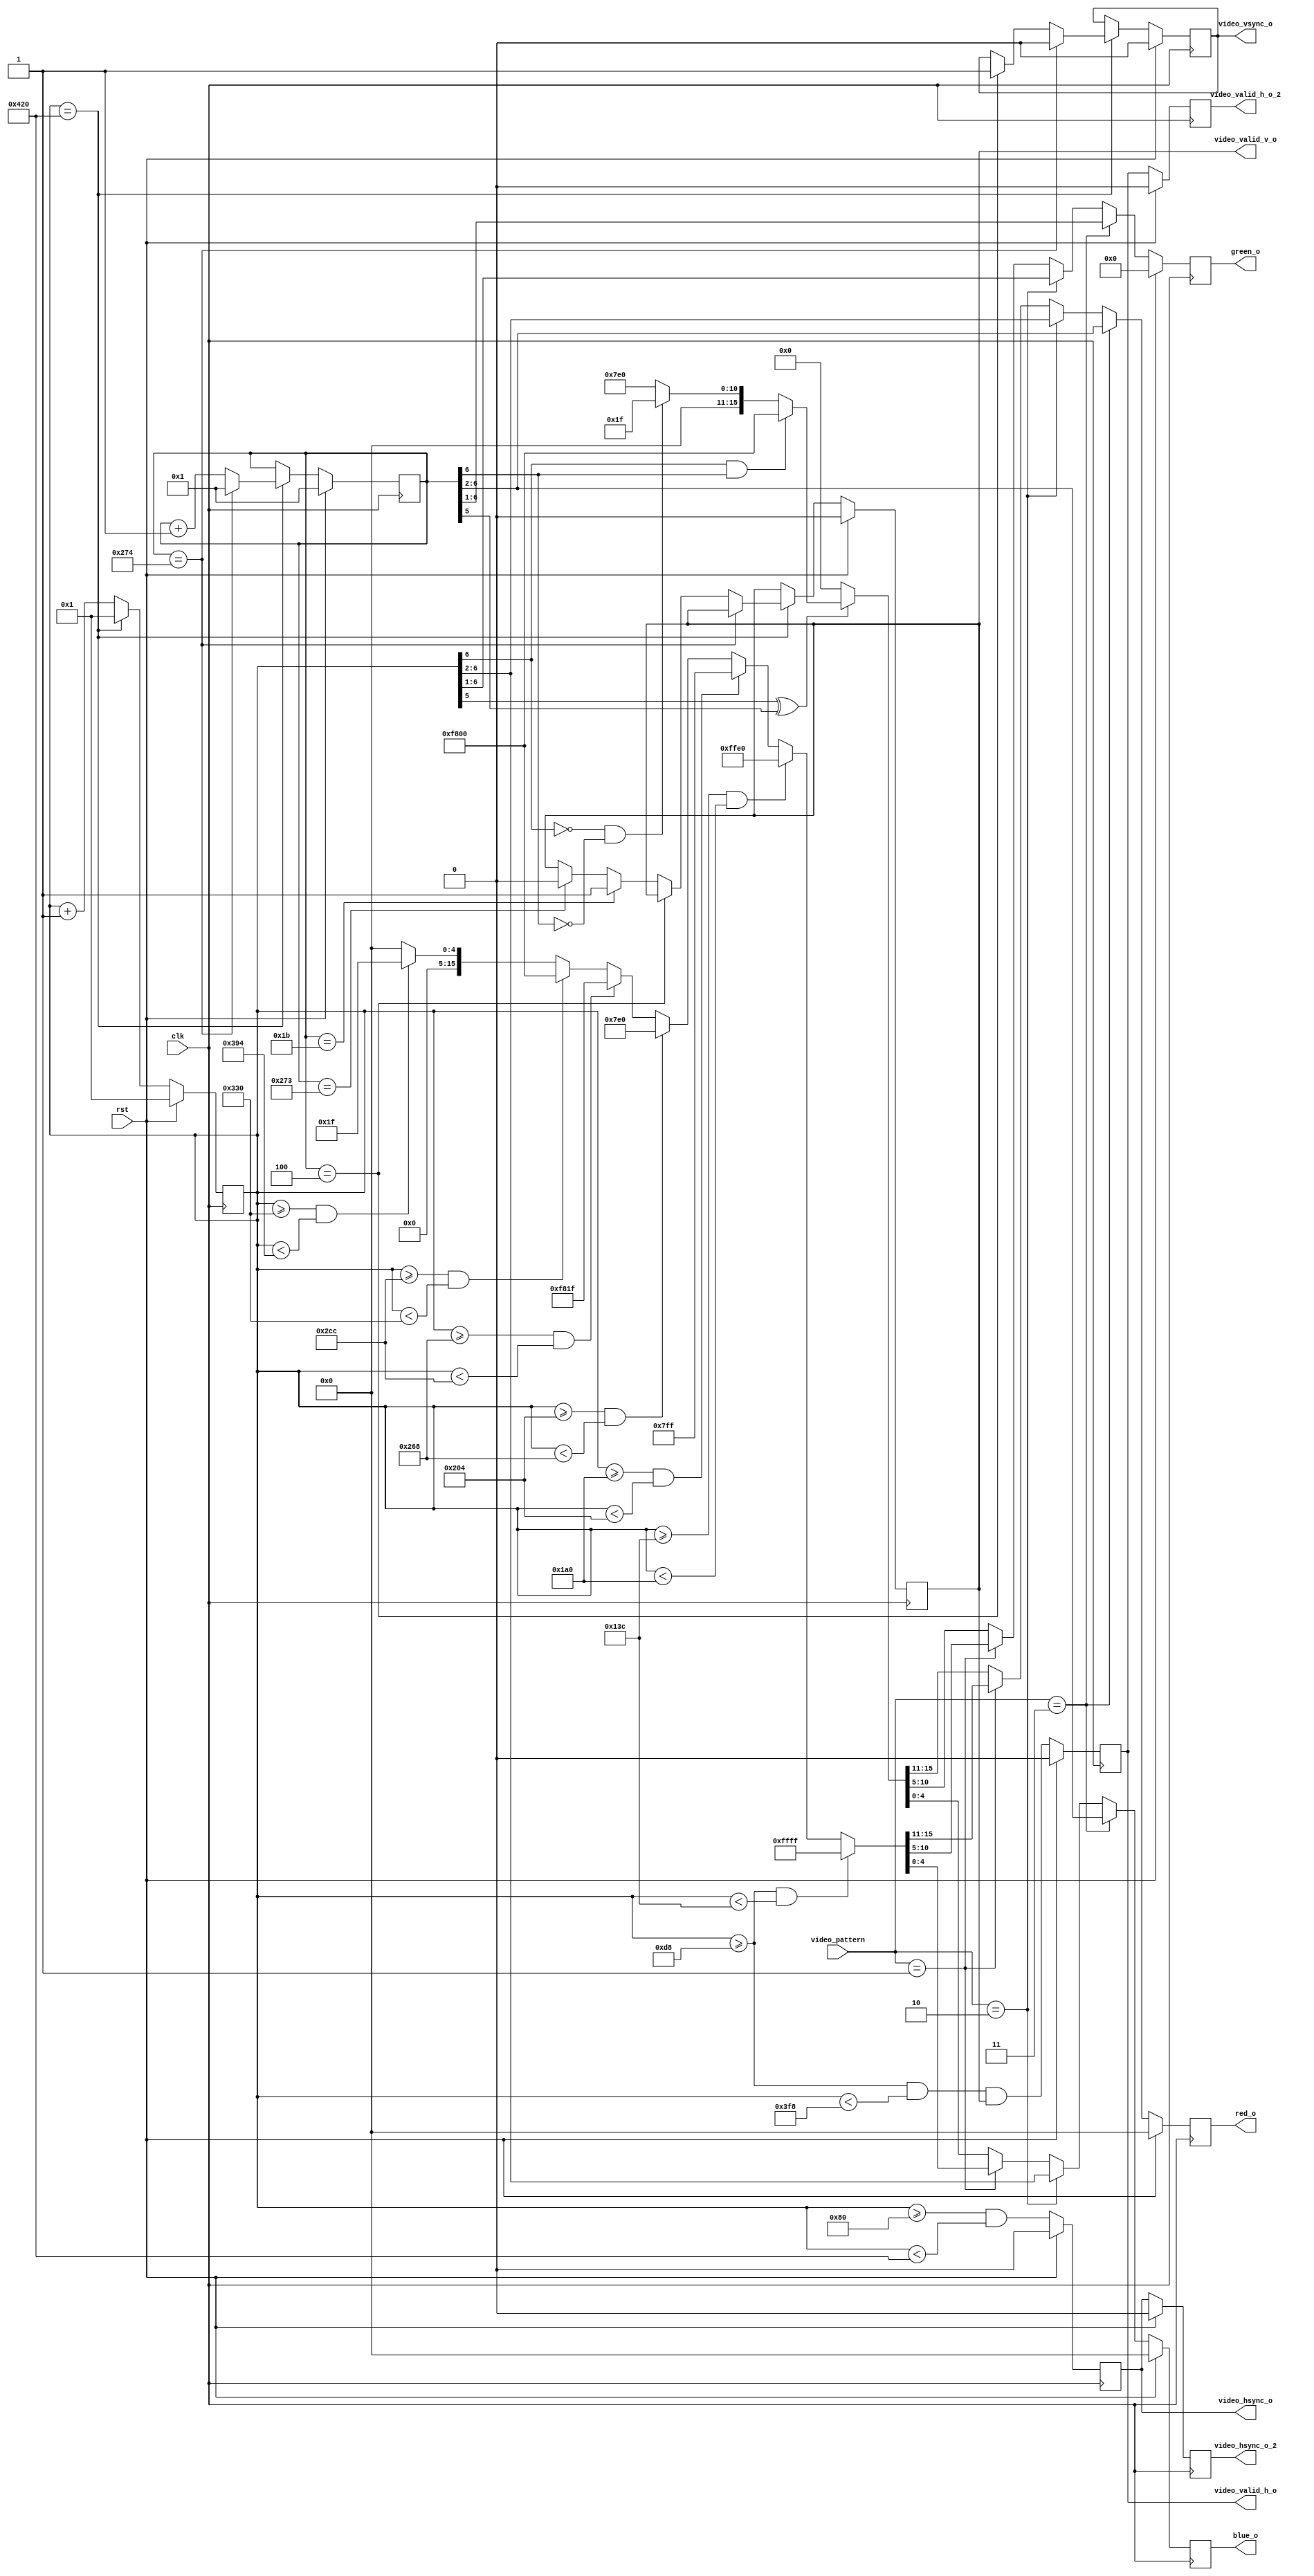
module video_gen (
 input        rst,
 input        clk,
 input [1:0]  video_pattern,
 output [4:0] red_o,
 output [5:0] green_o,
 output [4:0] blue_o,
 output       video_hsync_o,
 output       video_hsync_o_2,
 output       video_vsync_o,
 output       video_valid_h_o,
 output       video_valid_h_o_2,
 output       video_valid_v_o
);

parameter syncPulse_h= 128;            
parameter backPorch_h= 88;             
parameter activeVideo_h= 800;            
parameter frontPorch_h= 40;            
parameter syncPulse_v= 4;              
parameter backPorch_v = 23;             
parameter activeVideo_v = 600;            
parameter frontPorch_v = 1;

localparam total_h = syncPulse_h + backPorch_h + activeVideo_h + frontPorch_h;
localparam total_v = syncPulse_v + backPorch_v + activeVideo_v + frontPorch_v;
localparam activeStart_h = syncPulse_h + backPorch_h;
localparam activeEnd_h= activeVideo_h + activeStart_h;
localparam activeStart_v= syncPulse_v + backPorch_v;
localparam activeEnd_v= activeVideo_v + activeStart_v;

localparam bar2 = activeStart_h+activeVideo_h*1/8;
localparam bar3 = activeStart_h+activeVideo_h*2/8;
localparam bar4 = activeStart_h+activeVideo_h*3/8;
localparam bar5 = activeStart_h+activeVideo_h*4/8;
localparam bar6 = activeStart_h+activeVideo_h*5/8;
localparam bar7 = activeStart_h+activeVideo_h*6/8;
localparam bar8 = activeStart_h+activeVideo_h*7/8;

wire video_vsync, video_valid_v;
wire video_hsync, video_valid_h;
reg video_vsync_o, video_valid_v_o;
reg video_hsync_o, video_valid_h_o;
reg video_hsync_o_2, video_valid_h_o_2;
reg [10:0] h_count;
reg [9:0] v_count;
wire [15:0] bar_data;
wire [15:0] checker_color;
wire [15:0] checker_data;
   

always @ (posedge clk) begin
if (rst) begin 
	h_count <= 1'b1;
	v_count <= 1'b1;
	end
else if (h_count == total_h)
	if (v_count == total_v) begin
	h_count <= 1'b1;
	v_count <= 1'b1;
	end
	else begin
	h_count <= 1'b1;
	v_count <= v_count + 1'b1;
	end
else begin
	h_count <= h_count + 1'b1;
	end
end

assign video_hsync = (h_count>=syncPulse_h) && (h_count < total_h);
assign video_valid_h = (h_count >= activeStart_h) && (h_count < activeEnd_h) && video_valid_v_o;

    always @ (posedge clk)
	begin
	   if(rst) begin
	      video_vsync_o <= 1'b0;
	      video_valid_v_o <= 1'b0; end
	   else if(h_count == total_h) begin
              if(v_count == total_v)
                video_vsync_o <= 1'b0;
              else begin
                 if(v_count == syncPulse_v)
		   video_vsync_o <= 1'b1;
	         else if(v_count == activeStart_v)
		   video_valid_v_o <= 1'b1;
	         else if(v_count == activeEnd_v)
		   video_valid_v_o <= 1'b0;
	      end
           end // if (h_count == total_h)
        end // always @ (posedge clk)
   
/////sync the video format to clk ///////
always @(posedge clk) begin
   if(rst) begin
      video_hsync_o <= 1'b0;
      video_valid_h_o <= 1'b0;
      video_hsync_o_2 <= 1'b0;
      video_valid_h_o_2 <= 1'b0;
      red_o <= 5'b0;
      green_o <= 6'b0;
      blue_o <= 5'b0;
   end
   else begin
      video_hsync_o <= video_hsync;
      video_valid_h_o <= video_valid_h;
      video_hsync_o_2 <= video_hsync_o;
      video_valid_h_o_2 <= video_valid_h_o;
      red_o <= red;
      green_o <= green;
      blue_o <= blue;
end	
end // always @ (posedge clk)
   
  assign bar_data = ((h_count>=activeStart_h)&(h_count<bar2))?{5'b11111,6'b111111,5'b11111}:
					((h_count>=bar2)&(h_count<bar3))?{5'b11111,6'b111111,5'b00000}:
					((h_count>=bar3)&(h_count<bar4))?{5'b00000,6'b111111,5'b11111}:
					((h_count>=bar4)&(h_count<bar5))?{5'b00000,6'b111111,5'b00000}:
					((h_count>=bar5)&(h_count<bar6))?{5'b11111,6'b000000,5'b11111}:
					((h_count>=bar6)&(h_count<bar7))?{5'b11111,6'b000000,5'b00000}:
					((h_count>=bar7)&(h_count<bar8))?{5'b00000,6'b000000,5'b11111}:
					{5'b00000,6'b000000,5'b00000};  

   assign checker_color = (h_count[6]&v_count[6]) ? 16'hf800 : (!h_count[6]&!v_count[6]) ? 16'h001f : 16'h07e0;
   assign checker_data = (h_count[5]^v_count[5]) ? checker_color : 16'h0000;
   
//----------------------------------------------------------------
////////// DISPLAY
//----------------------------------------------------------------
   wire [4:0] red;
   wire [5:0] green;
   wire [4:0] blue;
   reg [4:0]  red_o;
   reg [5:0]  green_o;
   reg [4:0]  blue_o;

assign red = (video_pattern==3) ? v_count[6:2] : (video_pattern==2) ? h_count[6:2] : (video_pattern==1) ? bar_data[15:11] : checker_data[15:11];
assign green = (video_pattern==3) ? v_count[6:1] : (video_pattern==2) ? h_count[6:1] : (video_pattern==1) ? bar_data[10:5] : checker_data[10:5];
assign blue = (video_pattern==3) ? v_count[6:2] :(video_pattern==2) ? h_count[6:2] : (video_pattern==1) ? bar_data[4:0] : checker_data[4:0];


endmodule